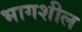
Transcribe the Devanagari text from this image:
भागशील